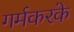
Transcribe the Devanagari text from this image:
गर्मकरके